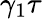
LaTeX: \gamma_{1}\tau